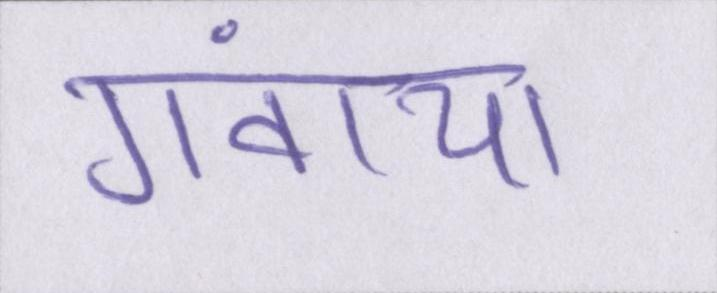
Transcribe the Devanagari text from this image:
गंवाया